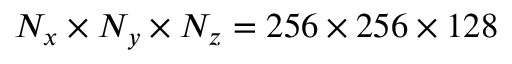
N _ { x } \times N _ { y } \times N _ { z } = 2 5 6 \times 2 5 6 \times 1 2 8